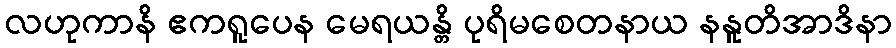
လဟုကာနိ ဧကရူပေန မေရယန္တိ ပုရိမစေတနာယ နနူတိအာဒိနာ